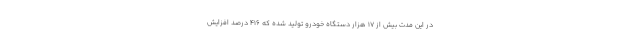
در این مدت بیش از ۱۷ هزار دستگاه خودرو تولید شده که ۴۱۶ درصد افزایش